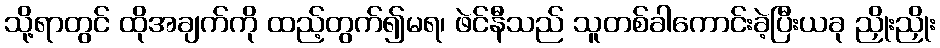
သို့ရာတွင် ထိုအချက်ကို ထည့်တွက်၍မရ၊ ဖဲင်နီသည် သူတစ်ခါကောင်းခဲ့ပြီးယခု ညှိုးညှိုး